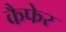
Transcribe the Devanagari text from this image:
कैफेर